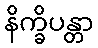
နိက္ခိပန္တာ